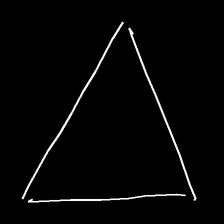
Glyph: convergence